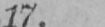
17.